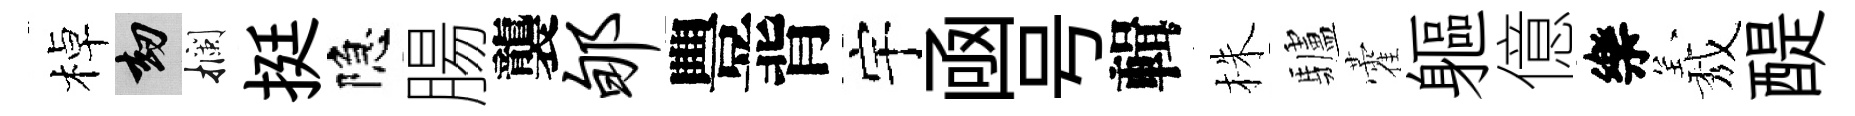
棹劫攔挺隐腸襲郇豐背宇凾号輯株驢藿軀億樂𦏁醍